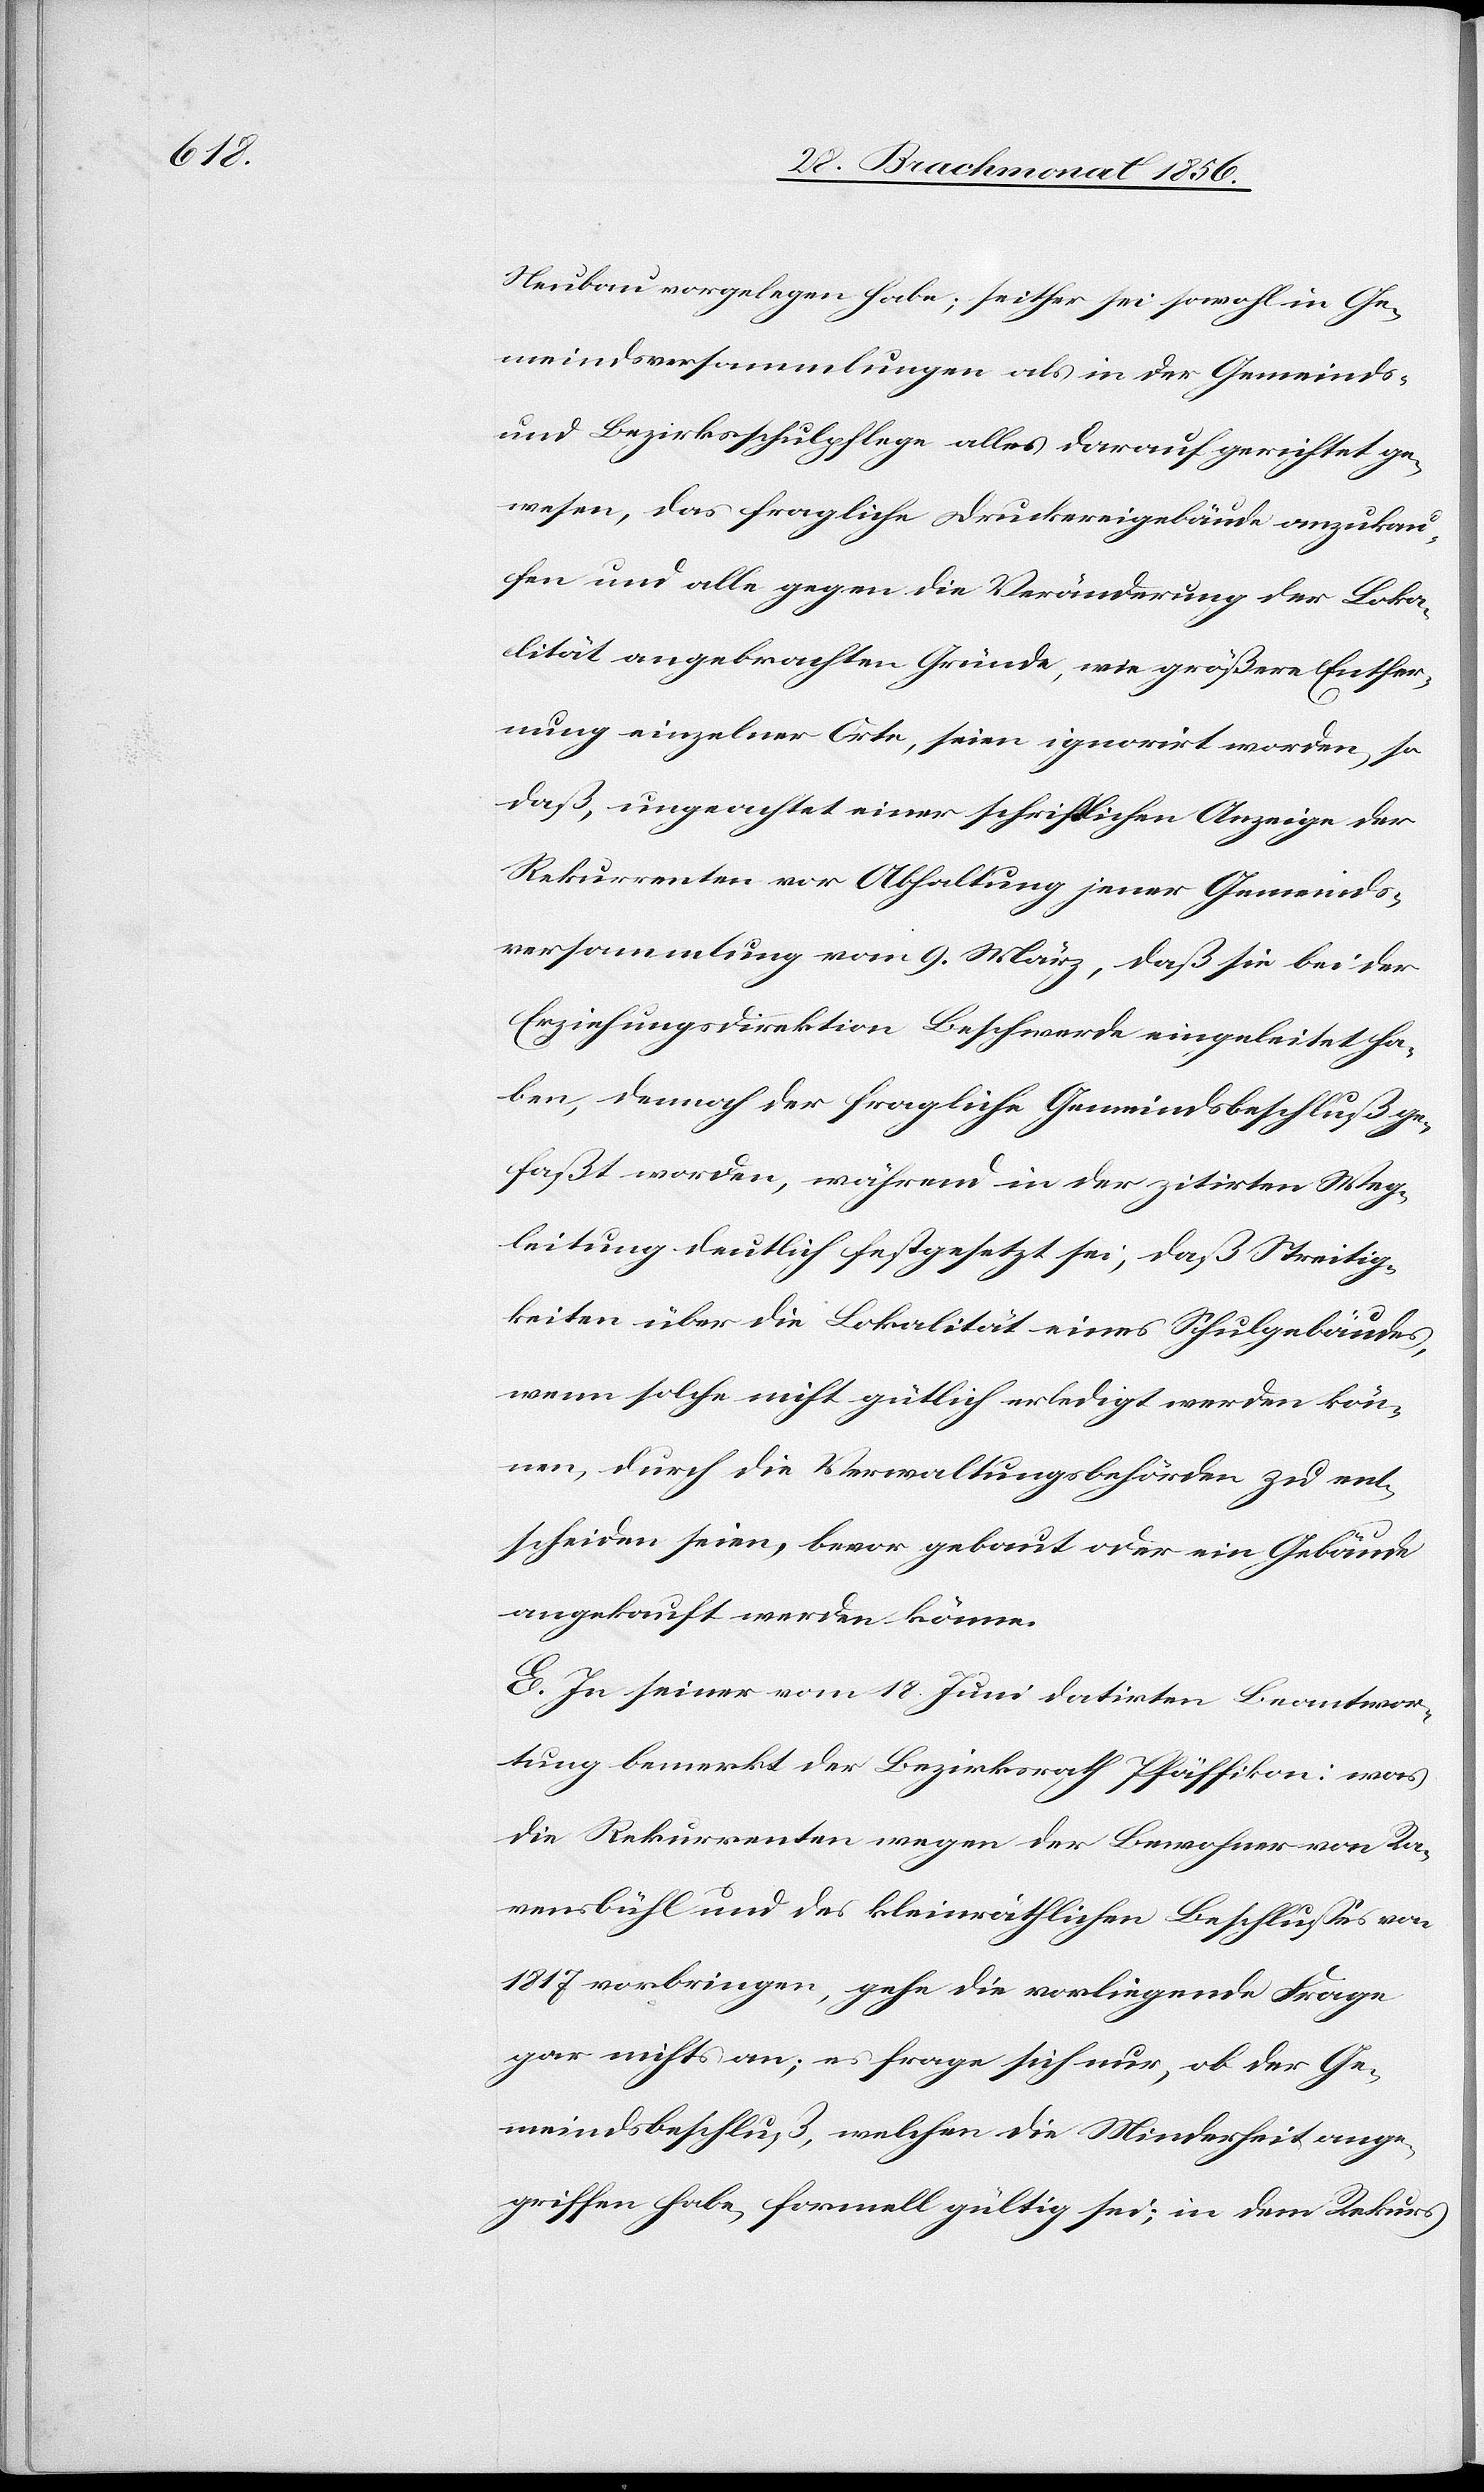
Neubau vorgelegen habe; seither sei sowohl in Ge¬
meindsversammlungen als in der Gemeinds-
und Bezirksschulpflege alles darauf gerichtet ge¬
wesen, das fragliche Druckereigebäude anzukau¬
fen und alle gegen die Veränderung der Loka¬
lität angebrachten Gründe, wie größere Entfer¬
nung einzelner Orte, seien ignorirt worden, so
daß, ungeachtet einer schriftlichen Anzeige der
Rekurrenten vor Abhaltung jener Gemeinds¬
versammlung vom 9. März, daß sie bei der
Erziehungsdirektion Beschwerde eingeleitet ha¬
ben, dennoch der fragliche Gemeindsbeschluß ge¬
faßt worden, während in der zitirten Weg¬
leitung deutlich festgesetzt sei, daß Streitig¬
keiten über die Lokalität eines Schulgebäudes,
wenn solche nicht gütlich erledigt werden kön¬
nen, durch die Verwaltungsbehörden zu ent¬
scheiden seien, bevor gebaut oder ein Gebäude
angekauft werden könne.
E. In seiner vom 18. Juni datirten Beantwor¬
tung bemerkt der Bezirksrath Pfäffikon: was
die Rekurrenten wegen der Bewohner von Ra¬
vensbühl und des kleinräthlichen Beschlusses von
1817 vorbringen, gehe die vorliegende Frage
gar nichts an; es frage sich nur, ob der Ge¬
meindsbeschluß, welchen die Minderheit ange¬
griffen habe, formell gültig sei; in dem Rekurs